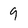
Character: 9